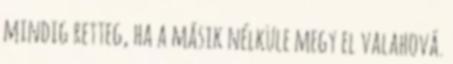
mindig retteg, ha a másik nélküle megy el valahová.